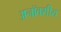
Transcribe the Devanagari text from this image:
अनॉक्सीय